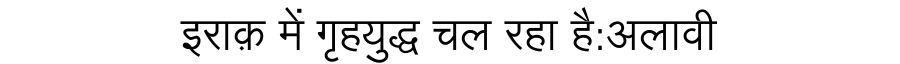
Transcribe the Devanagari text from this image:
इराक़ में गृहयुद्ध चल रहा है:अलावी